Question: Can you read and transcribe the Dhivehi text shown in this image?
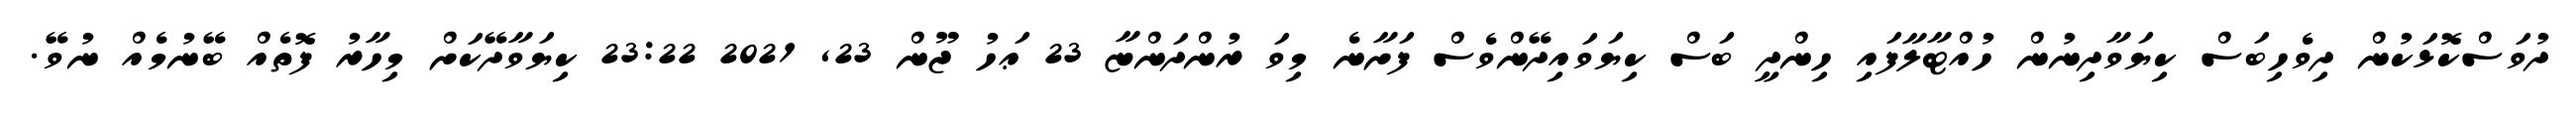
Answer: ދުވަސްކޮޅަކުން ދިވެހިބަސް ކިޔަވާދިނުން ހުއްޓާލާފައި ހިންދީ ބަސް ކިޔަވައިދޭންވެސް ފަށާނެ މިވަ ރުންދަންޏާ 23 ޢަހު ޖޫން 23, 2021 23:22 ކިޔަވާދޭކަށް މިހާރު ފޮތެއް ބޭނުމެއް ނުވޭ.